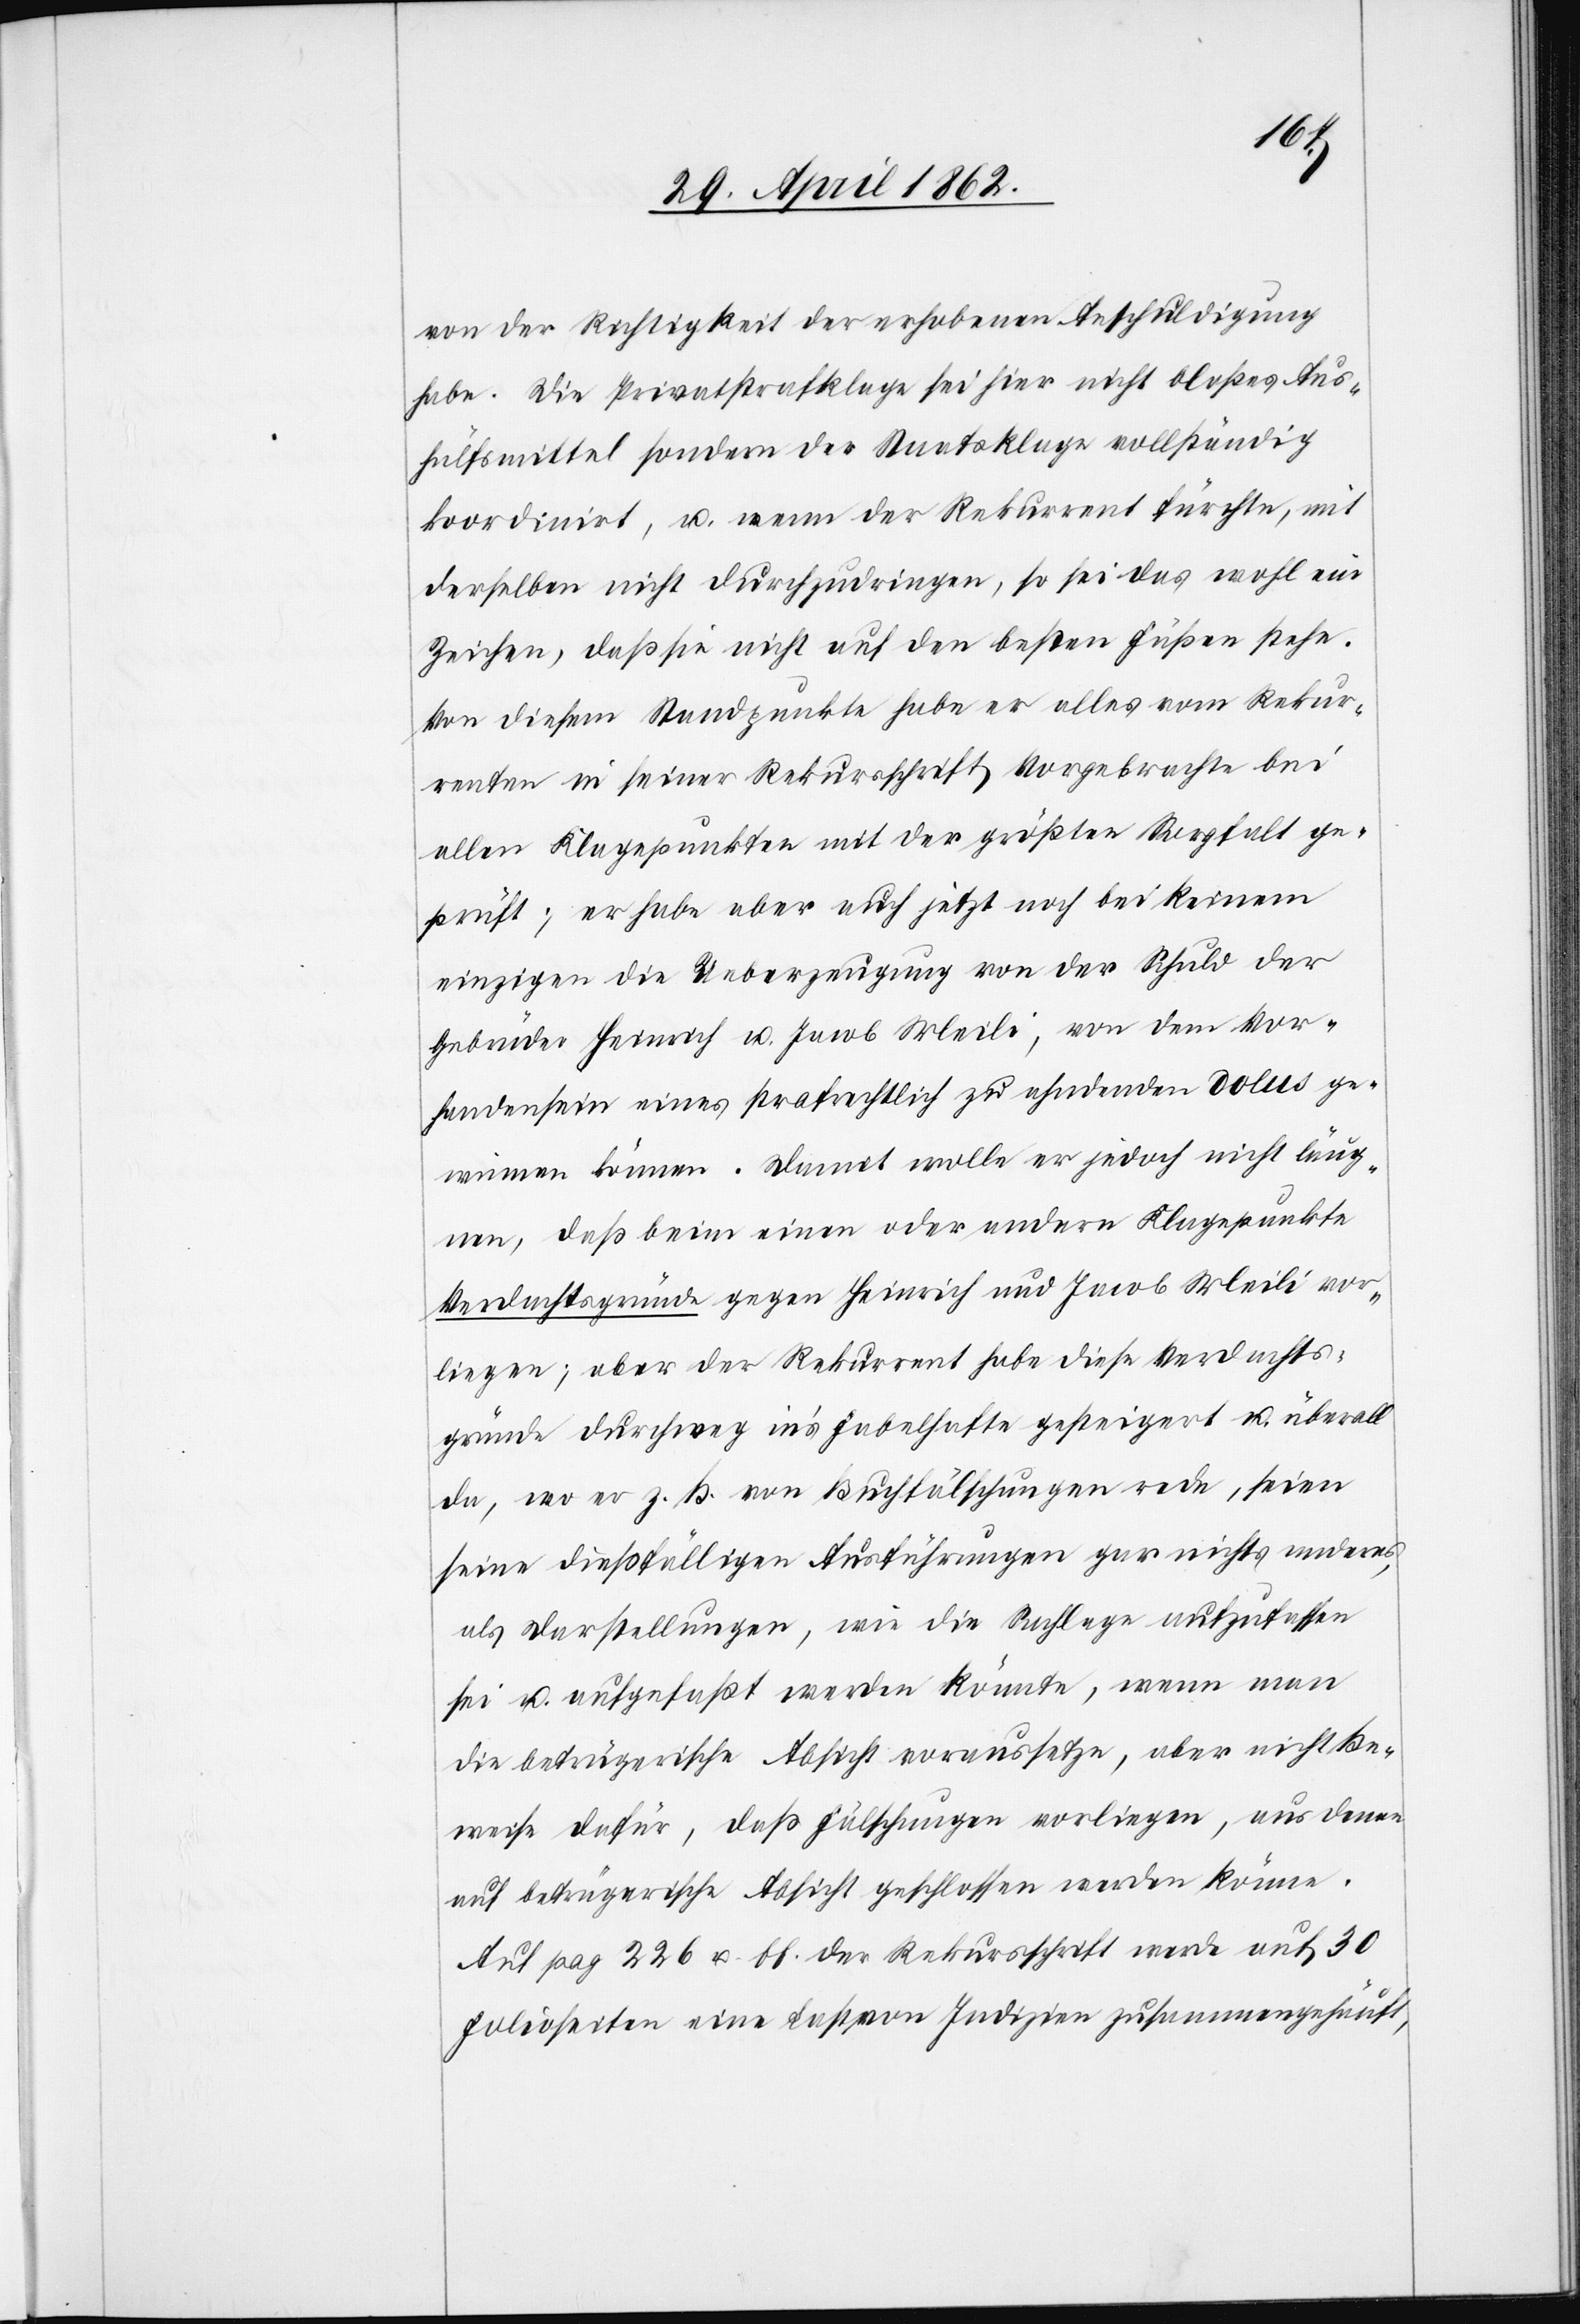
von der Richtigkeit der erhobenen Anschuldigung
habe. Die Privatstrafklage sei hier nicht bloß Aus¬
hülfsmittel sondern der Staatsklage vollständig
koordinirt, u. wenn der Rekurrent fürchte, mit
derselben nicht durchzudringen, so sei das wohl im
Zeichen, daß sie nicht auf den besten Füßen stehe.
Von diesem Standpunkte habe er alles vom Rekur¬
renten in seiner Rekursschrift Vorgebrachte bei
allen Klagepunkten mit der größten Sorgfalt ge¬
prüft; er habe aber auch jetzt noch bei Keinem
einzigen die Ueberzeugung von der Schuld der
Gebrüder Heinrich u. Jacob Meili, von dem Vor¬
handensein eines strafrechtlich zu ahndenden dolus ge¬
winnen können. Damit wolle er jedoch nicht läug¬
nen, daß beim einen oder andern Klagepunkte
Verdachtsgründe gegen Heinrich und Jacob Meili vor¬
liegen; aber der Rekurrent habe diese Verdachts¬
gründe durchweg in’s Fabelhafte gesteigert u. überall
da, wo er z. B. von Buchfälschungen rede, seien
seine dießfälligen Ausführungen gar nichts anderes
als Darstellungen, wie die Sachlage aufzufassen
sei u. aufgefaßt werden könnte, wenn man
die betrügerische Absicht voraussetze, aber nicht Be¬
weise dafür, daß Fälschungen vorliegen, aus denen
auf betrügerische Absicht geschlossen werden könne.
Auf pag. 226 u. ff. der Rekursschrift werde auf 30
Folioseiten eine Last von Indizien zusammengehäuft,